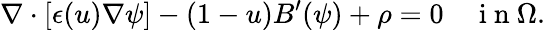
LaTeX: \nabla\cdot[\epsilon(u)\nabla\psi]-(1-u)B^{\prime}(\psi)+\rho=0\quad\mathrm{~i~n~}\Omega.